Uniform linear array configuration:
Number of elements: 4
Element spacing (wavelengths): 0.75
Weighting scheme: hann
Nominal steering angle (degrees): -30
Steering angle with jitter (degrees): -30.942
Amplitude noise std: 0.05
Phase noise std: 0.05

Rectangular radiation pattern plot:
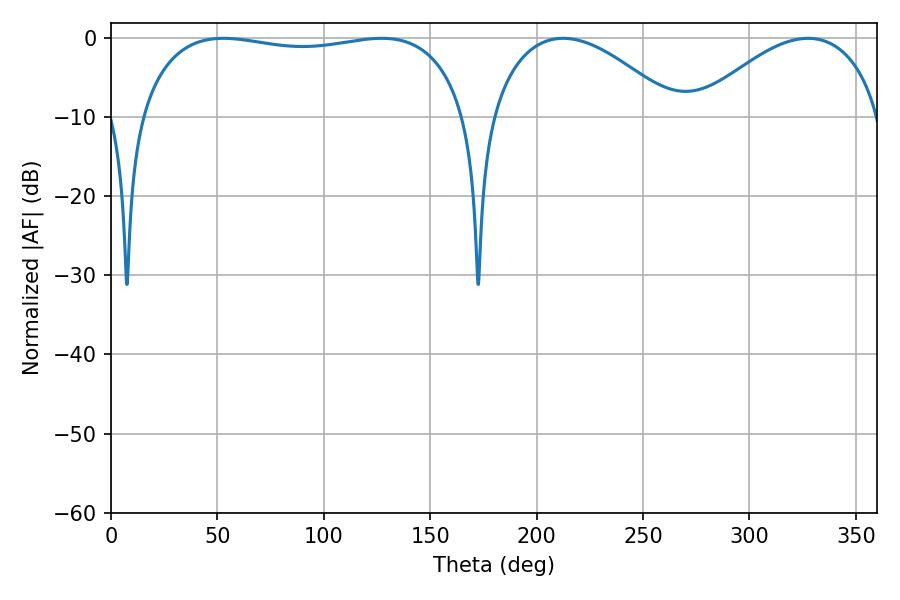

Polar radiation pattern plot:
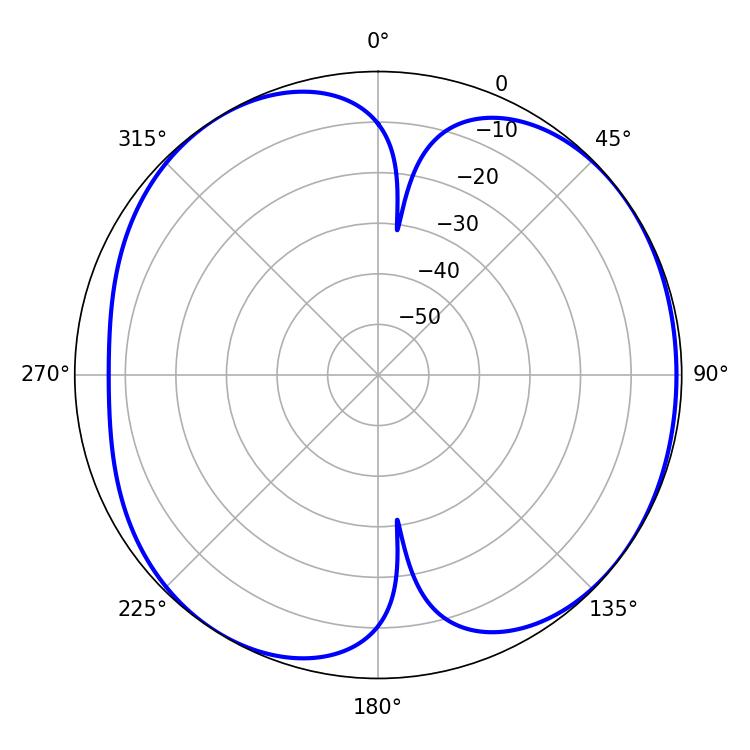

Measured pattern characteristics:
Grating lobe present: TRUE
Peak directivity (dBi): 5.949
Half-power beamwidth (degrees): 124.56
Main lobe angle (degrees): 52.74